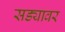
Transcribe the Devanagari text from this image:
सड्यावर